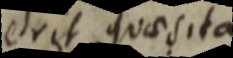
erit quaesita